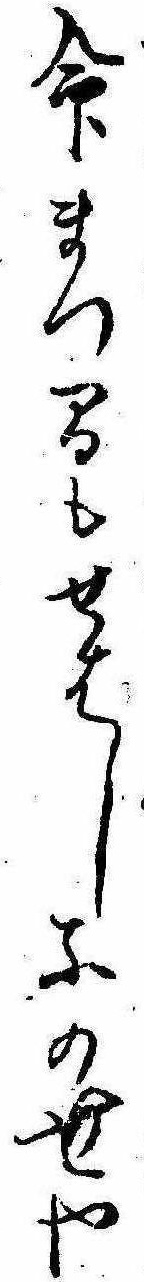
命まつ間もせはしなの世や